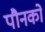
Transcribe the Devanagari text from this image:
पौनको